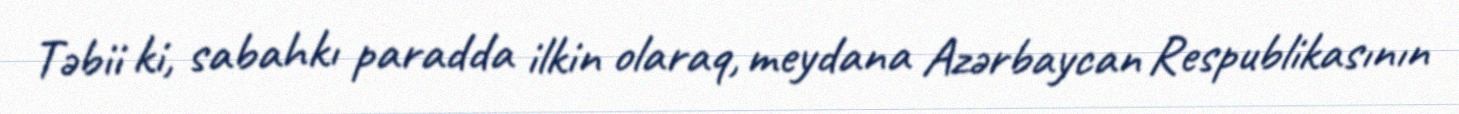
Təbii ki, sabahkı paradda ilkin olaraq, meydana Azərbaycan Respublikasının